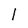
Character: l